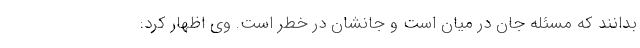
بدانند که مسئله جان در میان است و جانشان در خطر است. وی اظهار کرد: